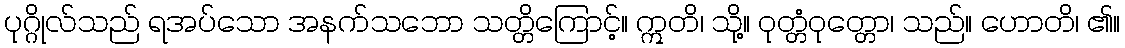
ပုဂ္ဂိုလ်သည် ရအပ်သော အနက်သဘော သတ္တိကြောင့်။ ဣတိ၊ သို့။ ဝုတ္တံဝုတ္တော၊ သည်။ ဟောတိ၊ ၏။